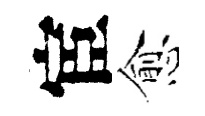
宦愈